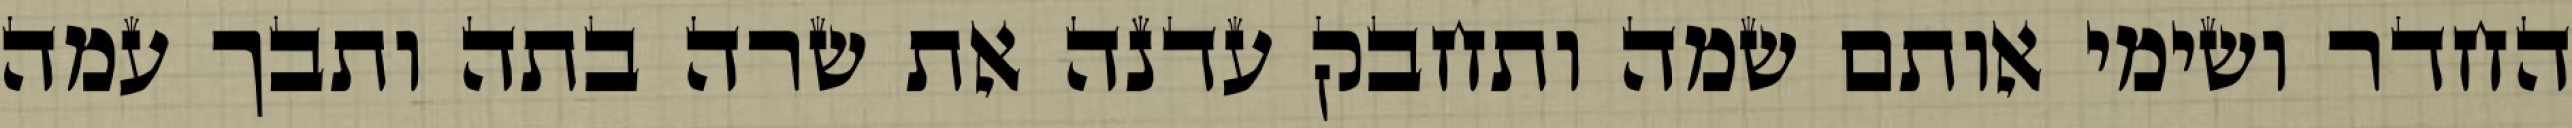
החדר ושימי אותם שמה ותחבק עדנה את שרה בתה ותבך עמה